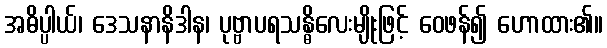
အဓိပ္ပါယ်၊ ဒေသနာနိဒါန၊ ပုဗ္ဗာပရသန္ဓိလေးမျိုးဖြင့် ဝေဖန်၍ ဟောထား၏။